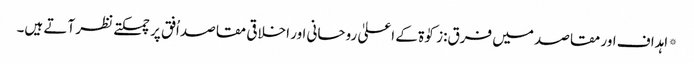
* اہداف اور مقاصد میں فرق:زکوٰۃ کے اعلیٰ روحانی اور اخلاقی مقاصد اُفق پر چمکتے نظر آتے ہیں۔